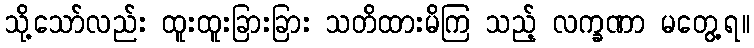
သို့သော်လည်း ထူးထူးခြားခြား သတိထားမိကြ သည့် လက္ခဏာ မတွေ့ရ။